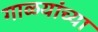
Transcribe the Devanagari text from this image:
गाळयांच्या